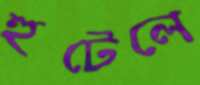
হুটেলে